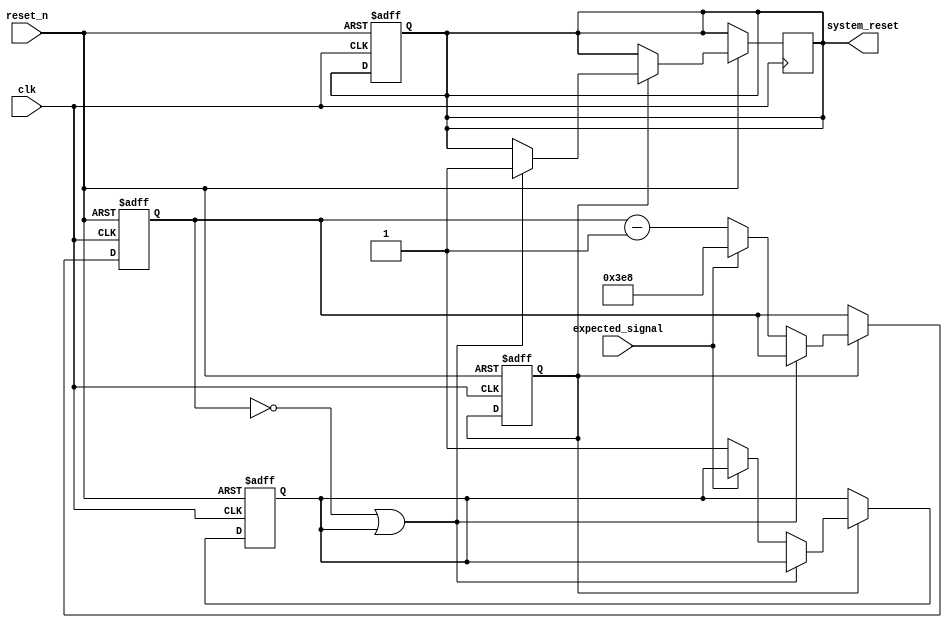
module watchdog_timer(
    input clk,
    input reset_n,
    input expected_signal,
    output system_reset
);

parameter PRESET_VALUE = 1000; // Set the preset value for the counter

reg [31:0] counter;

reg enable;
reg trigger;

always @ (posedge clk or negedge reset_n) begin
    if (~reset_n) begin
        counter <= PRESET_VALUE;
        enable <= 1'b0;
        trigger <= 1'b0;
    end else begin
        if (enable) begin
            if (counter == 0 || trigger) begin
                system_reset <= 1'b1;
            end else begin
                if (expected_signal) begin // check for expected signal
                    counter <= PRESET_VALUE;
                end else begin
                    counter <= counter - 1; // Decrement counter
                    trigger <= 1'b1; // Set trigger signal if counter reaches 0
                end
            end
        end
    end
end

always @ (posedge clk or negedge reset_n) begin
    if (~reset_n) begin
        system_reset <= 1'b0; // Reset system
    end
end

endmodule